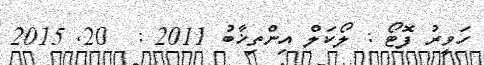
ހަވީރު ފޮޓޯ : ލޯކަލް އިންތިޚާބު 2011 :  20